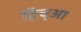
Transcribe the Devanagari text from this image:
हिच्आ